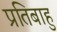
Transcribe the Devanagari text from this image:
प्रतिबाहु